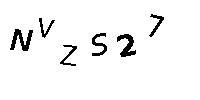
NVZS27